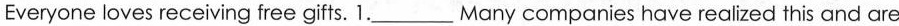
Everyone loves receiving free gifts. 1.___Many companies have realized this and are